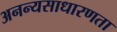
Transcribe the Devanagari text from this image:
अनन्यसाधारणता